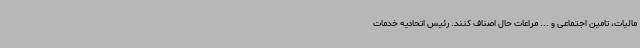
مالیات، تامین اجتماعی و ... مراعات حال اصناف کنند. رئیس اتحادیه خدمات